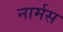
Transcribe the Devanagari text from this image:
नार्मस